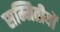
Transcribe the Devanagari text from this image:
सम्मितीयों